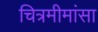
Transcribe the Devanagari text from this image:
चित्रमीमांसा